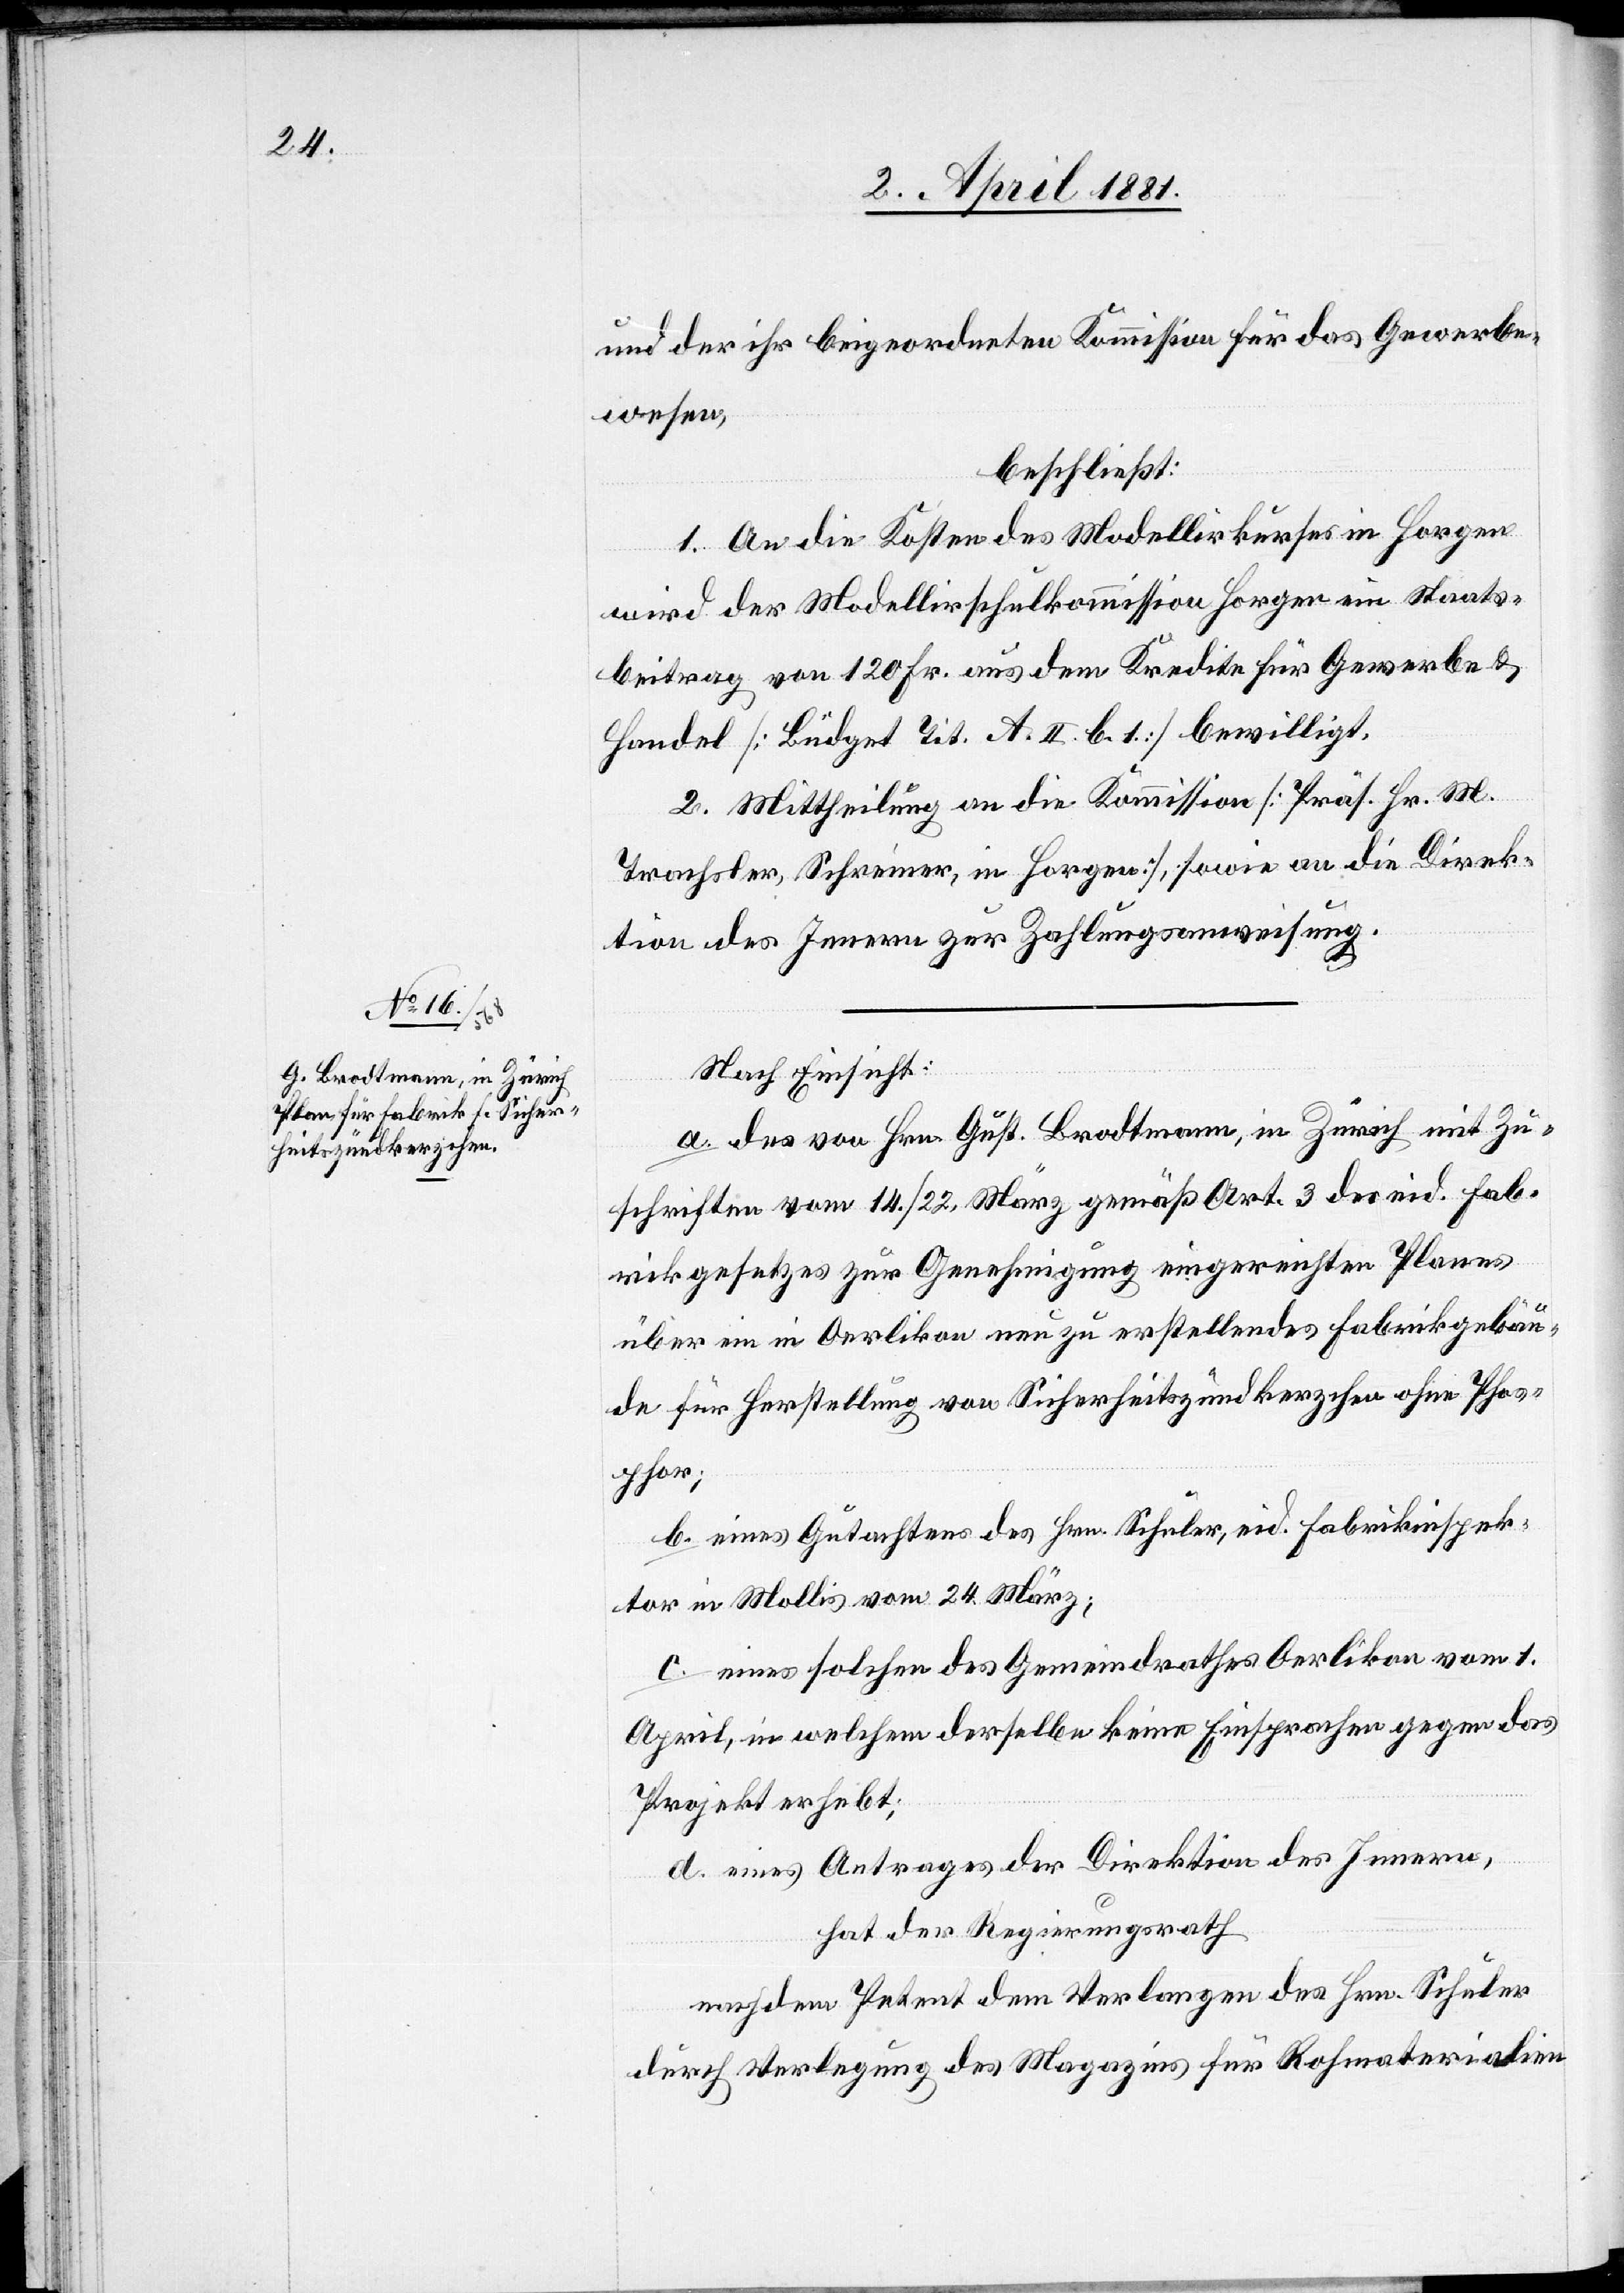
und der ihr beigeordneten Kommission für das Gewerbe¬
wesen,
beschließt:
1. An die Kosten des Modellirkurses in Horgen
wird der Modellirschulkommission Horgen ein Staats¬
beitrag von 120 Fr. aus dem Kredite für Gewerbe &
Handel [Büdget Tit. A. II. b. 1.] bewilligt.
2. Mittheilung an die Kommission [Präs. Hr. M.
Trachsler, Schreiner, in Horgen], sowie an die Direk¬
tion des Innern zur Zahlungsanweisung.
Nach Einsicht:
a. des von Hrn. Gust. Brodtmann, in Zürich mit Zu¬
schriften vom 14./22. März gemäß Art. 3 des eid. Fab¬
rikgesetzes zur Genehmigung eingereichten Planes
über ein in Oerlikon neu zu erstellendes Fabrikgebäu¬
de für Herstellung von Sicherheitszündkerzchen ohne Phos¬
phor;
b. eines Gutachtes des Hrn. Schuler, eid. Fabrikinspek¬
tor in Mollis vom 24. März;
c. eines solchen des Gemeindrathes Oerlikon vom 1.
April, in welchem derselbe keine Einsprachen gegen das
Projekt erhebt;
d. eines Antrages der Direktion des Innern,
hat der Regierungsrath,
nach dem Petent dem Verlangen des Hrn. Schuler
durch Verlegung des Magazins für Rohmaterialien